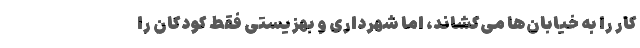
کار را به خیابان‌ها می‌کشاند، اما شهرداری و بهزیستی فقط کودکان را